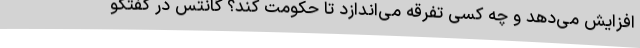
افزایش می‌دهد و چه کسی تفرقه می‌اندازد تا حکومت کند؟ گانتس در گفتگو